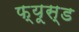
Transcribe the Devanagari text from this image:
फ्यूस्ड